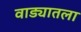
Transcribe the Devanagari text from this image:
वाड्यातला